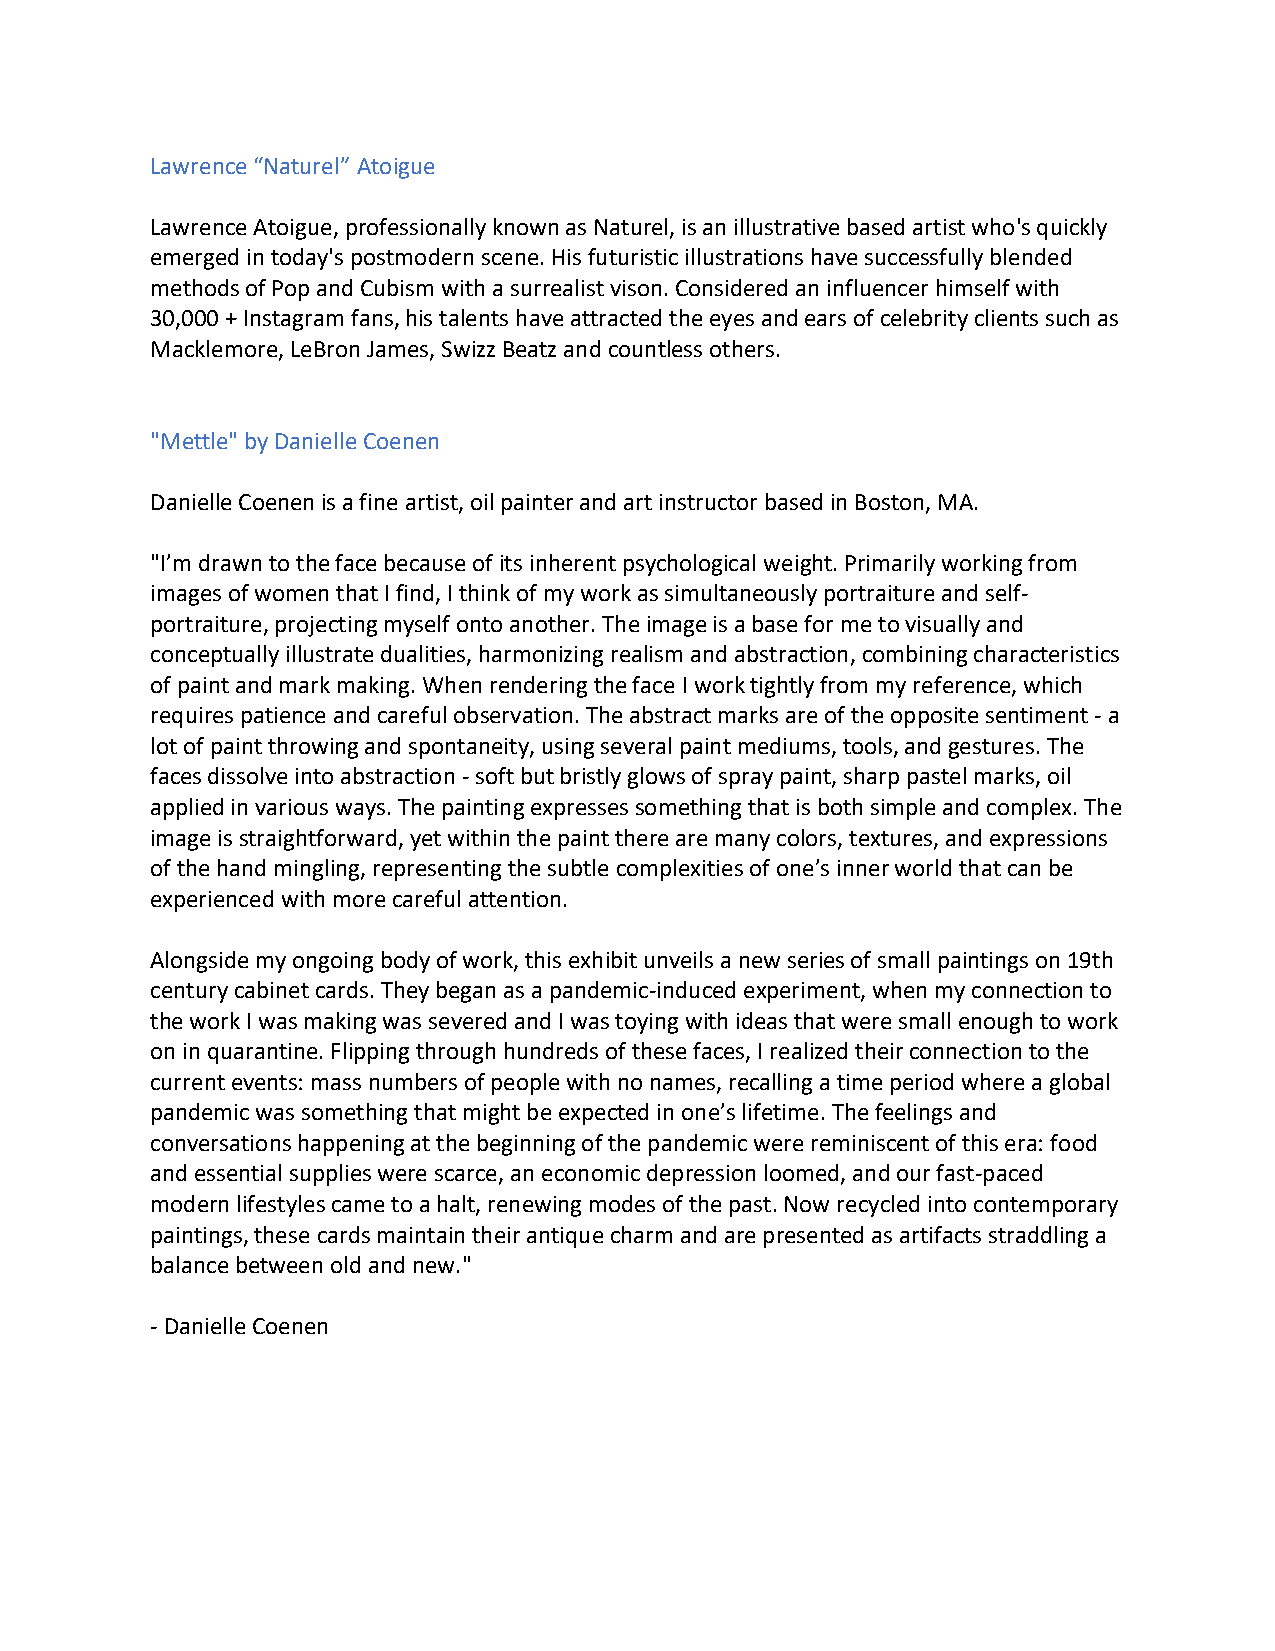
Lawrence “Naturel” Atoigue
 Lawrence Atoigue, professionally known as Naturel, is an illustrative based artist who's quickly
 emerged in today's postmodern scene. His futuristic illustrations have successfully blended
 methods of Pop and Cubism with a surrealist vison. Considered an influencer himself with
 30,000 + Instagram fans, his talents have attracted the eyes and ears of celebrity clients such as
 Macklemore, LeBron James, Swizz Beatz and countless others.
 "Mettle" by Danielle Coenen
 Danielle Coenen is a fine artist, oil painter and art instructor based in Boston, MA.
 "I’m drawn to the face because of its inherent psychological weight. Primarily working from
 images of women that I find, I think of my work as simultaneously portraiture and self-
 portraiture, projecting myself onto another. The image is a base for me to visually and
 conceptually illustrate dualities, harmonizing realism and abstraction, combining characteristics
 of paint and mark making. When rendering the face I work tightly from my reference, which
 requires patience and careful observation. The abstract marks are of the opposite sentiment - a
 lot of paint throwing and spontaneity, using several paint mediums, tools, and gestures. The
 faces dissolve into abstraction - soft but bristly glows of spray paint, sharp pastel marks, oil
 applied in various ways. The painting expresses something that is both simple and complex. The
 image is straightforward, yet within the paint there are many colors, textures, and expressions
 of the hand mingling, representing the subtle complexities of one’s inner world that can be
 experienced with more careful attention.
 Alongside my ongoing body of work, this exhibit unveils a new series of small paintings on 19th
 century cabinet cards. They began as a pandemic-induced experiment, when my connection to
 the work I was making was severed and I was toying with ideas that were small enough to work
 on in quarantine. Flipping through hundreds of these faces, I realized their connection to the
 current events: mass numbers of people with no names, recalling a time period where a global
 pandemic was something that might be expected in one’s lifetime. The feelings and
 conversations happening at the beginning of the pandemic were reminiscent of this era: food
 and essential supplies were scarce, an economic depression loomed, and our fast-paced
 modern lifestyles came to a halt, renewing modes of the past. Now recycled into contemporary
 paintings, these cards maintain their antique charm and are presented as artifacts straddling a
 balance between old and new."
 - Danielle Coenen